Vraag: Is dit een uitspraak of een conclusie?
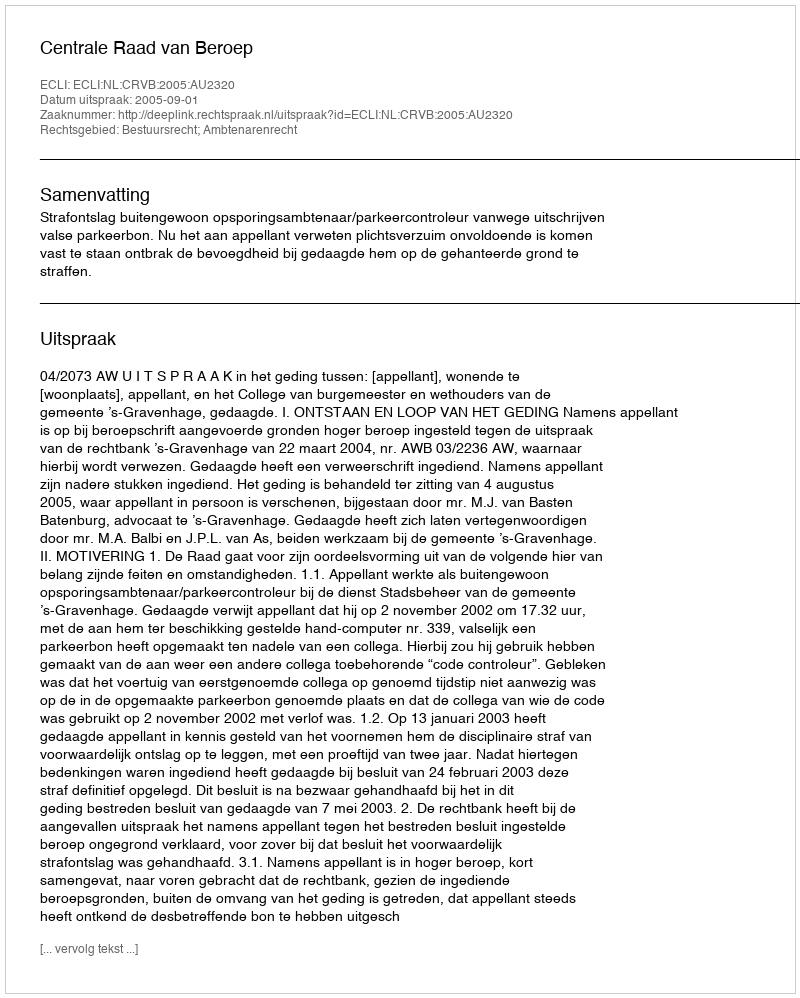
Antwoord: Uitspraak